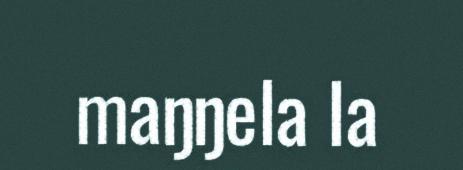
maŋŋela la